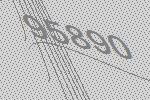
95890